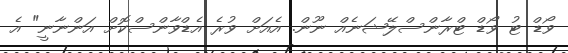
ވޯޑް ޓު ވޯޑް ޓްރާންސްލޭޝަނެއް ނޫން. އެއަށް ވުރެ އެޑްވާންސްކޮށް އަންނާނީ" އެ